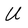
Character: U